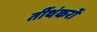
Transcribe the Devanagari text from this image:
र्तीथंकरों